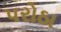
પરોઠા